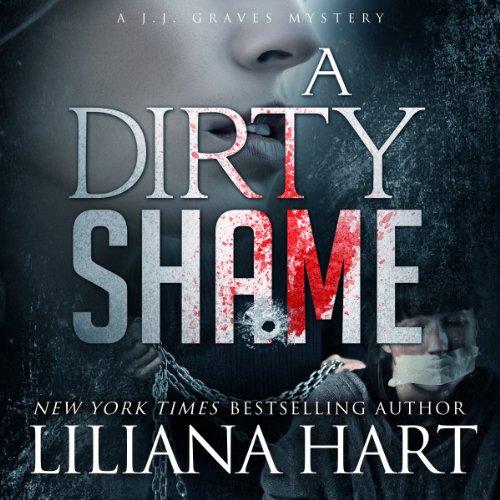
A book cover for A Dirty Shame: J.J. Graves Mystery, Book 2; Liliana Hart; Literature & Fiction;